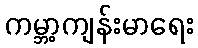
ကမ္ဘာ့ကျန်းမာရေး